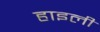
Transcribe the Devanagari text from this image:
हाइली